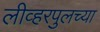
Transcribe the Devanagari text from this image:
लीव्हरपुलच्या